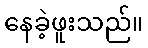
နေခဲ့ဖူးသည်။